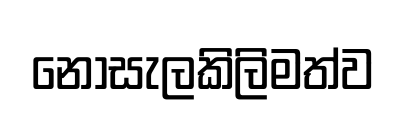
නොසැලකිලිමත්ව